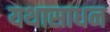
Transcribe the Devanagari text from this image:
यथासाधन